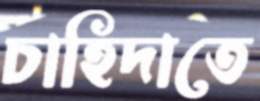
চাহিদাতে